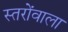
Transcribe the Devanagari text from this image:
स्तरोंवाला